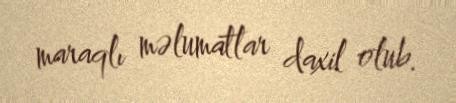
maraqlı məlumatlar daxil olub.